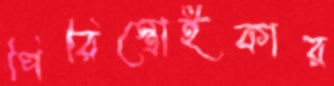
পিরিস্ত্রোইকার